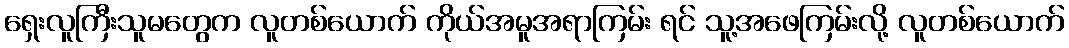
ရှေးလူကြီးသူမတွေက လူတစ်ယောက် ကိုယ်အမူအရာကြမ်း ရင် သူ့အဖေကြမ်းလို့ လူတစ်ယောက်